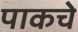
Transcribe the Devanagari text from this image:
पाकचे